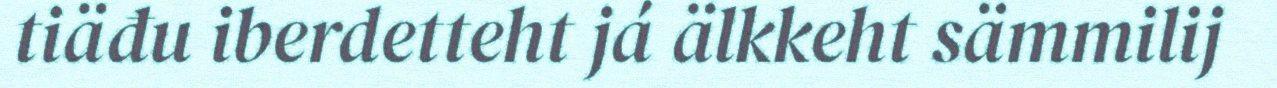
tiäđu iberdetteht já älkkeht sämmilij